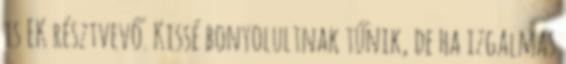
is EK résztvevő. Kissé bonyolultnak tűnik, de ha izgalmas